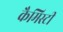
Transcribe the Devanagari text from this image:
कैमिस्टी